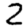
Digit: 2